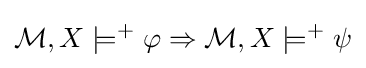
{\mathcal {M}},X\models ^{+}\varphi \Rightarrow {\mathcal {M}},X\models ^{+}\psi